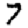
Digit: 7